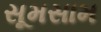
સૂમસામ